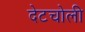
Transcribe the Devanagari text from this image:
देटचोली